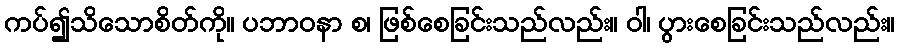
ကပ်၍သိသောစိတ်ကို။ ပဘာဝနာ စ၊ ဖြစ်စေခြင်းသည်လည်း။ ဝါ၊ ပွားစေခြင်းသည်လည်း။